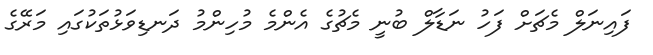
ފައިނަލް މެޗަށް ފަހު ނަޑާލް ބުނީ މެޗުގެ އެންމެ މުހިންމު ދަނޑިވަޅުތަކުގައި މަރޭގެ